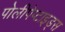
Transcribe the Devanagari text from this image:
पोलीपेप्टाइड्स